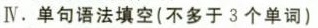
IV.单句语法填空(不多于3个单词)